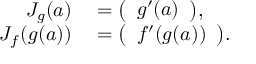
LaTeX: \begin{array} { r l } { J _ { g } ( a ) } & { { } = { \left( \begin{array} { l } { g ^ { \prime } ( a ) } \end{array} \right) } , } \\ { J _ { f } ( g ( a ) ) } & { { } = { \left( \begin{array} { l } { f ^ { \prime } ( g ( a ) ) } \end{array} \right) } . } \end{array}